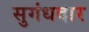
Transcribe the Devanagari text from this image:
सुगंधदार